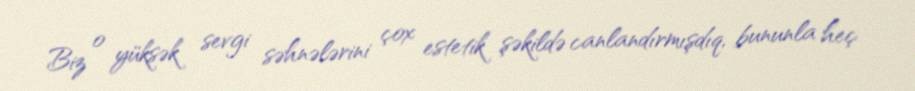
Biz o yüksək sevgi səhnələrini çox estetik şəkildə canlandırmışdıq, bununla heç